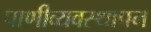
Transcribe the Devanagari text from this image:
पाणीव्यवस्थापन